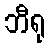
ဘီရု